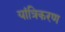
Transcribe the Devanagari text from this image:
यांत्रिकरण